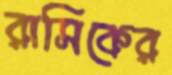
রাসিকের